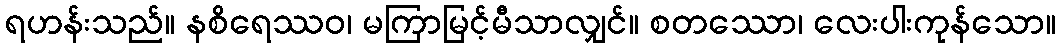
ရဟန်းသည်။ နစိရေဿဝ၊ မကြာမြင့်မီသာလျှင်။ စတဿော၊ လေးပါးကုန်သော။